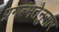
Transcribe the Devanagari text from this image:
प्रगल्भतेनुसार